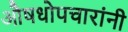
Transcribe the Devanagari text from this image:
औषधोपचारांनी